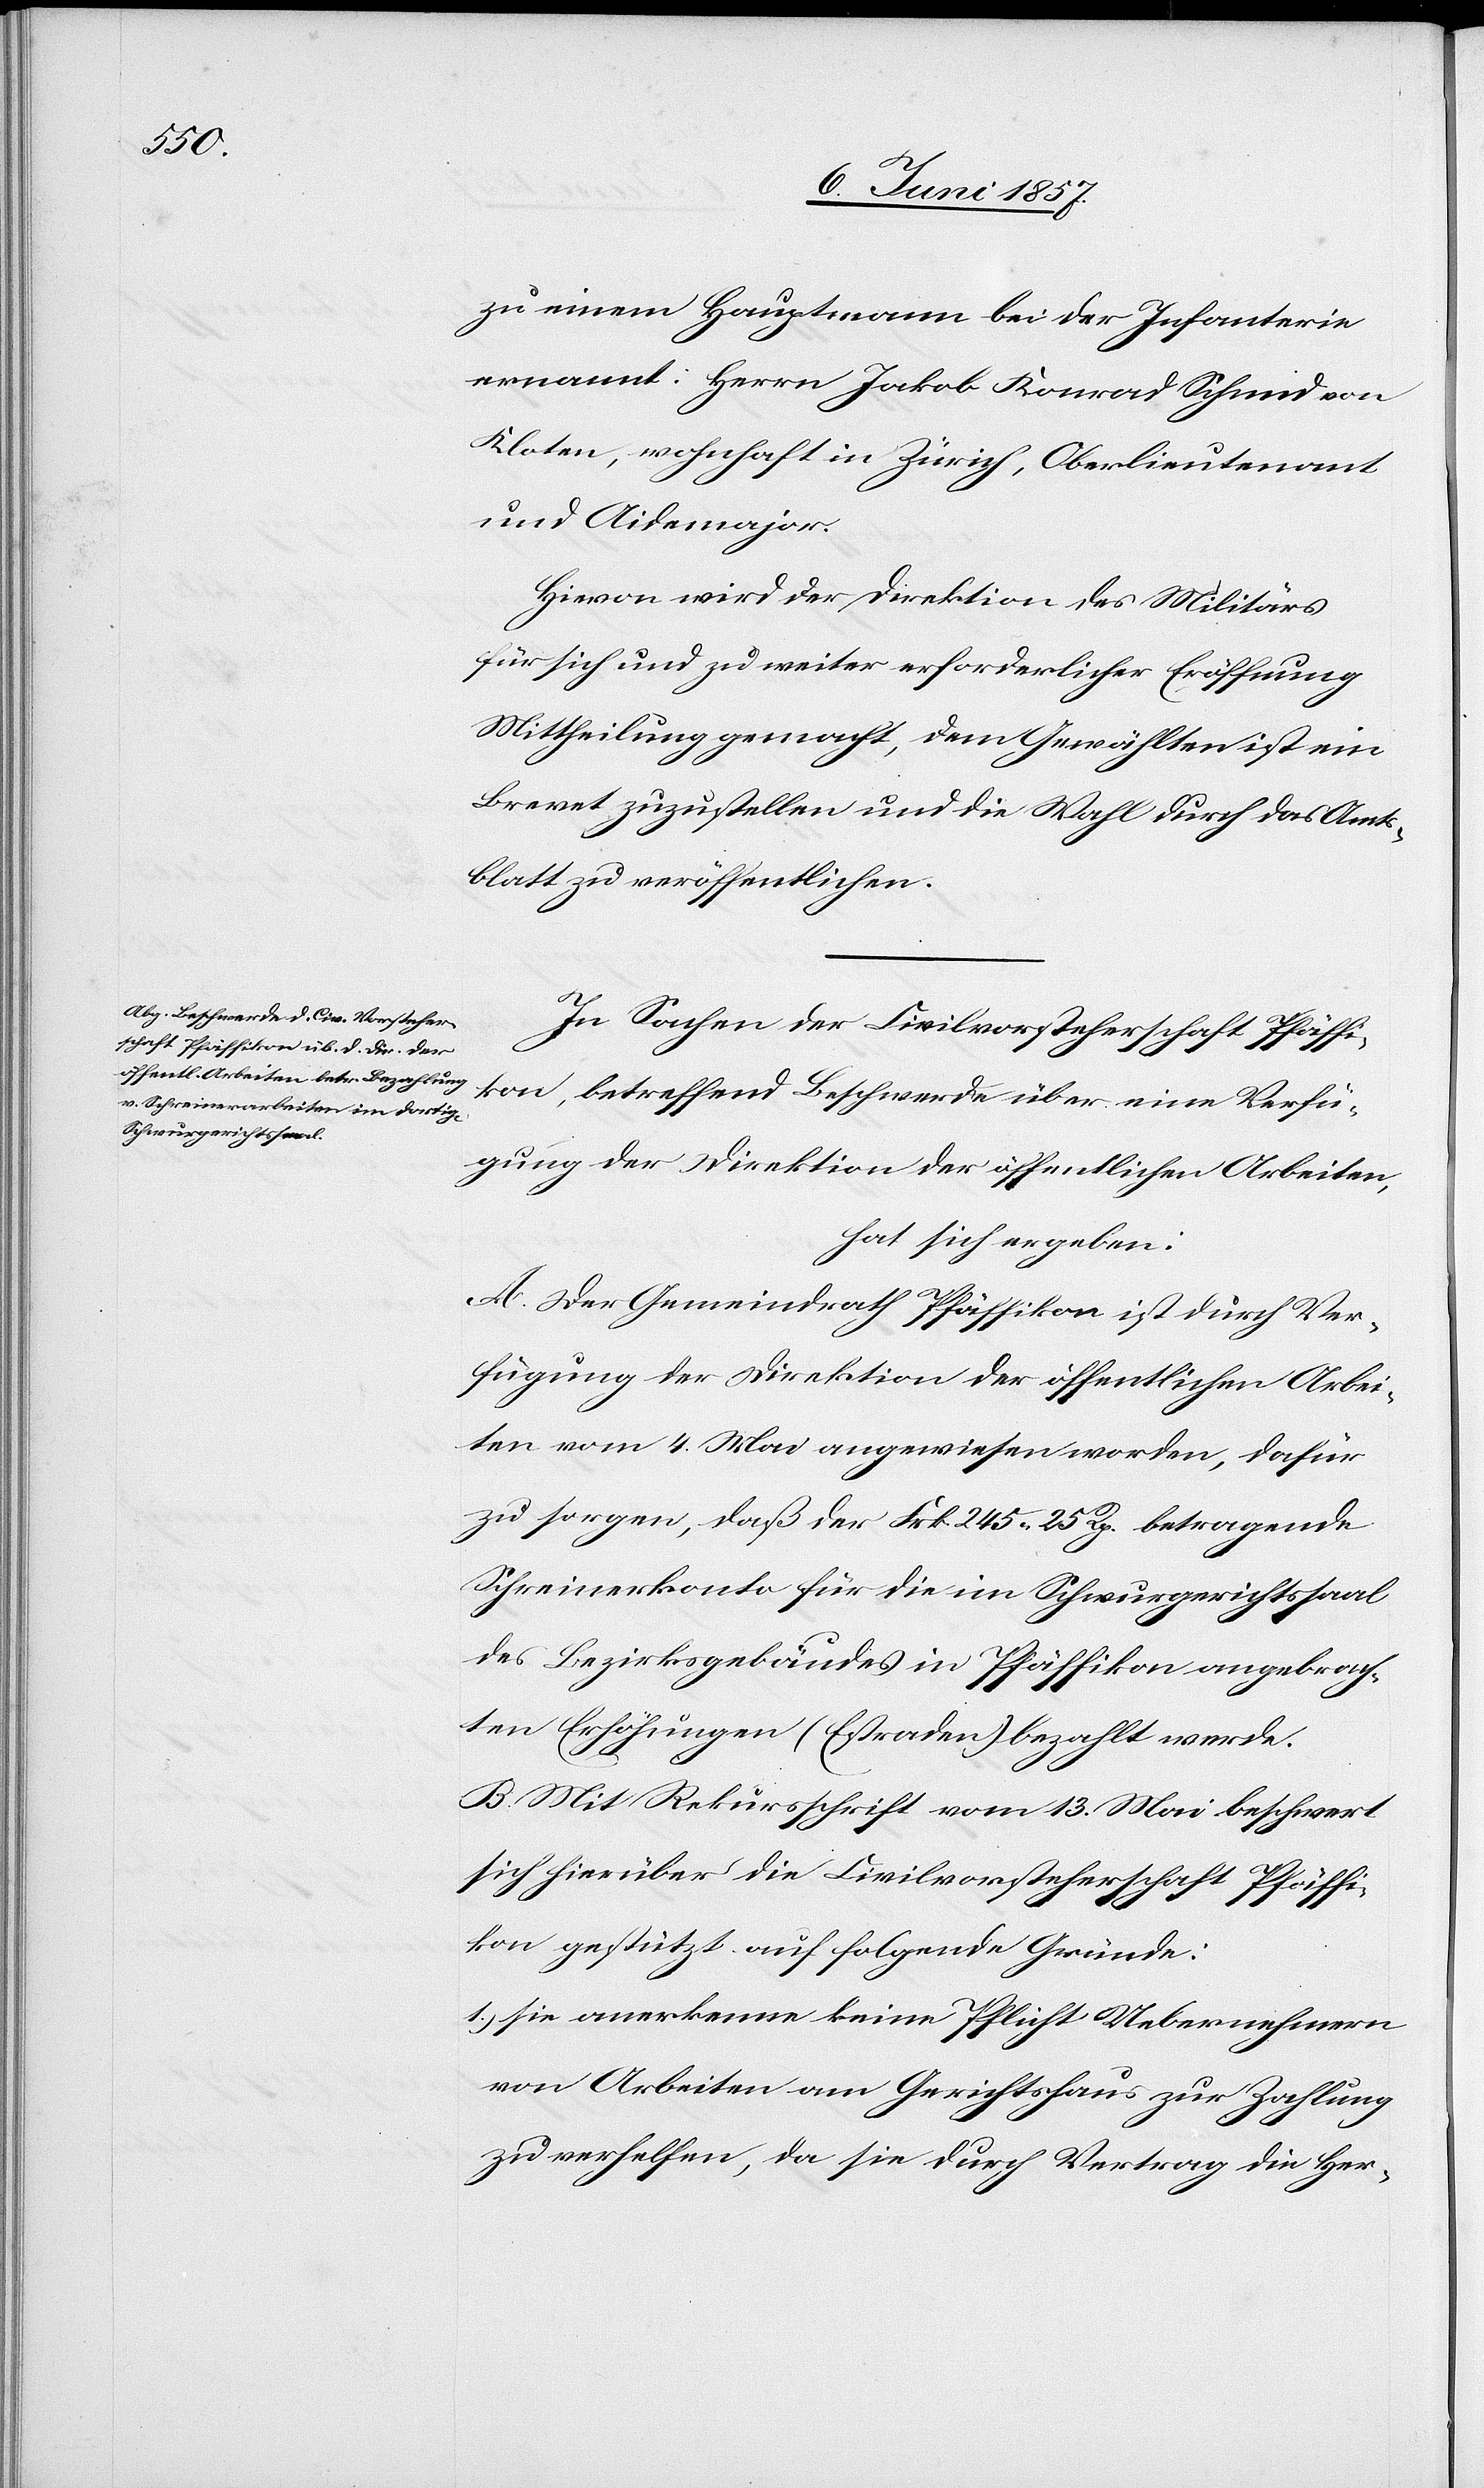
zu einem Hauptmann bei der Infanterie
ernannt: Herrn Jakob Konrad Schmid von
Kloten, wohnhaft in Zürich, Oberlieutnant
und Aidemajor.
Hievon wird der Direktion des Militärs
für sich und zu weiter erforderlicher Eröffnung
Mittheilung gemacht, dem Gewählten ist ein
Brevet zuzustellen und die Wahl durch das Amts¬
blatt zu veröffentlichen.
In Sachen der Civilvorsteherschaft Pfäffi¬
kon, betreffend Beschwerde über eine Verfü¬
gung der Direktion der öffentlichen Arbeiten,
hat sich ergeben:
A. Der Gemeindrath Pfäffikon ist durch Ver¬
fügung der Direktion der öffentlichen Arbei¬
ten vom 4 Mai angewiesen worden, dafür
zu sorgen, daß der Frk. 245. 25 Rp. betragende
Schreinerkonto für die im Schwurgerichtssaal
des Bezirksgebäudes in Pfäffikon angebrach¬
ten Erhöhungen (Estraden) bezahlt werde.
B. Mit Rekursschrift vom 13 Mai beschwert
sich hierüber die Civilvorsteherschaft Pfäffi¬
kon gestützt auf folgende Gründe:
1.) sie anerkenne keine Pflicht Uebernehmern
von Arbeiten am Gerichtshaus zur Zahlung
zu verhelfen, da sie durch Vertrag die Her-